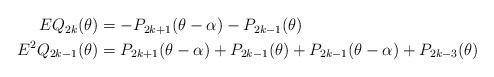
LaTeX: \begin{align*}\begin{aligned}E Q_{2 k}(\theta) &=-P_{2 k+1}(\theta- \alpha)-P_{2 k-1}(\theta) \\E^{2} Q_{2 k-1}(\theta) &=P_{2 k+1}(\theta- \alpha)+P_{2 k-1}(\theta)+P_{2 k-1}(\theta- \alpha)+P_{2 k-3}(\theta)\end{aligned}\end{align*}